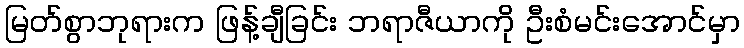
မြတ်စွာဘုရားက ဖြန့်ချီခြင်း ဘရာဇီယာကို ဦးစံမင်းအောင်မှာ